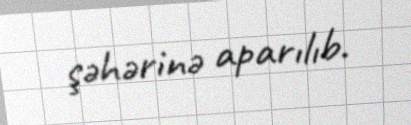
şəhərinə aparılıb.